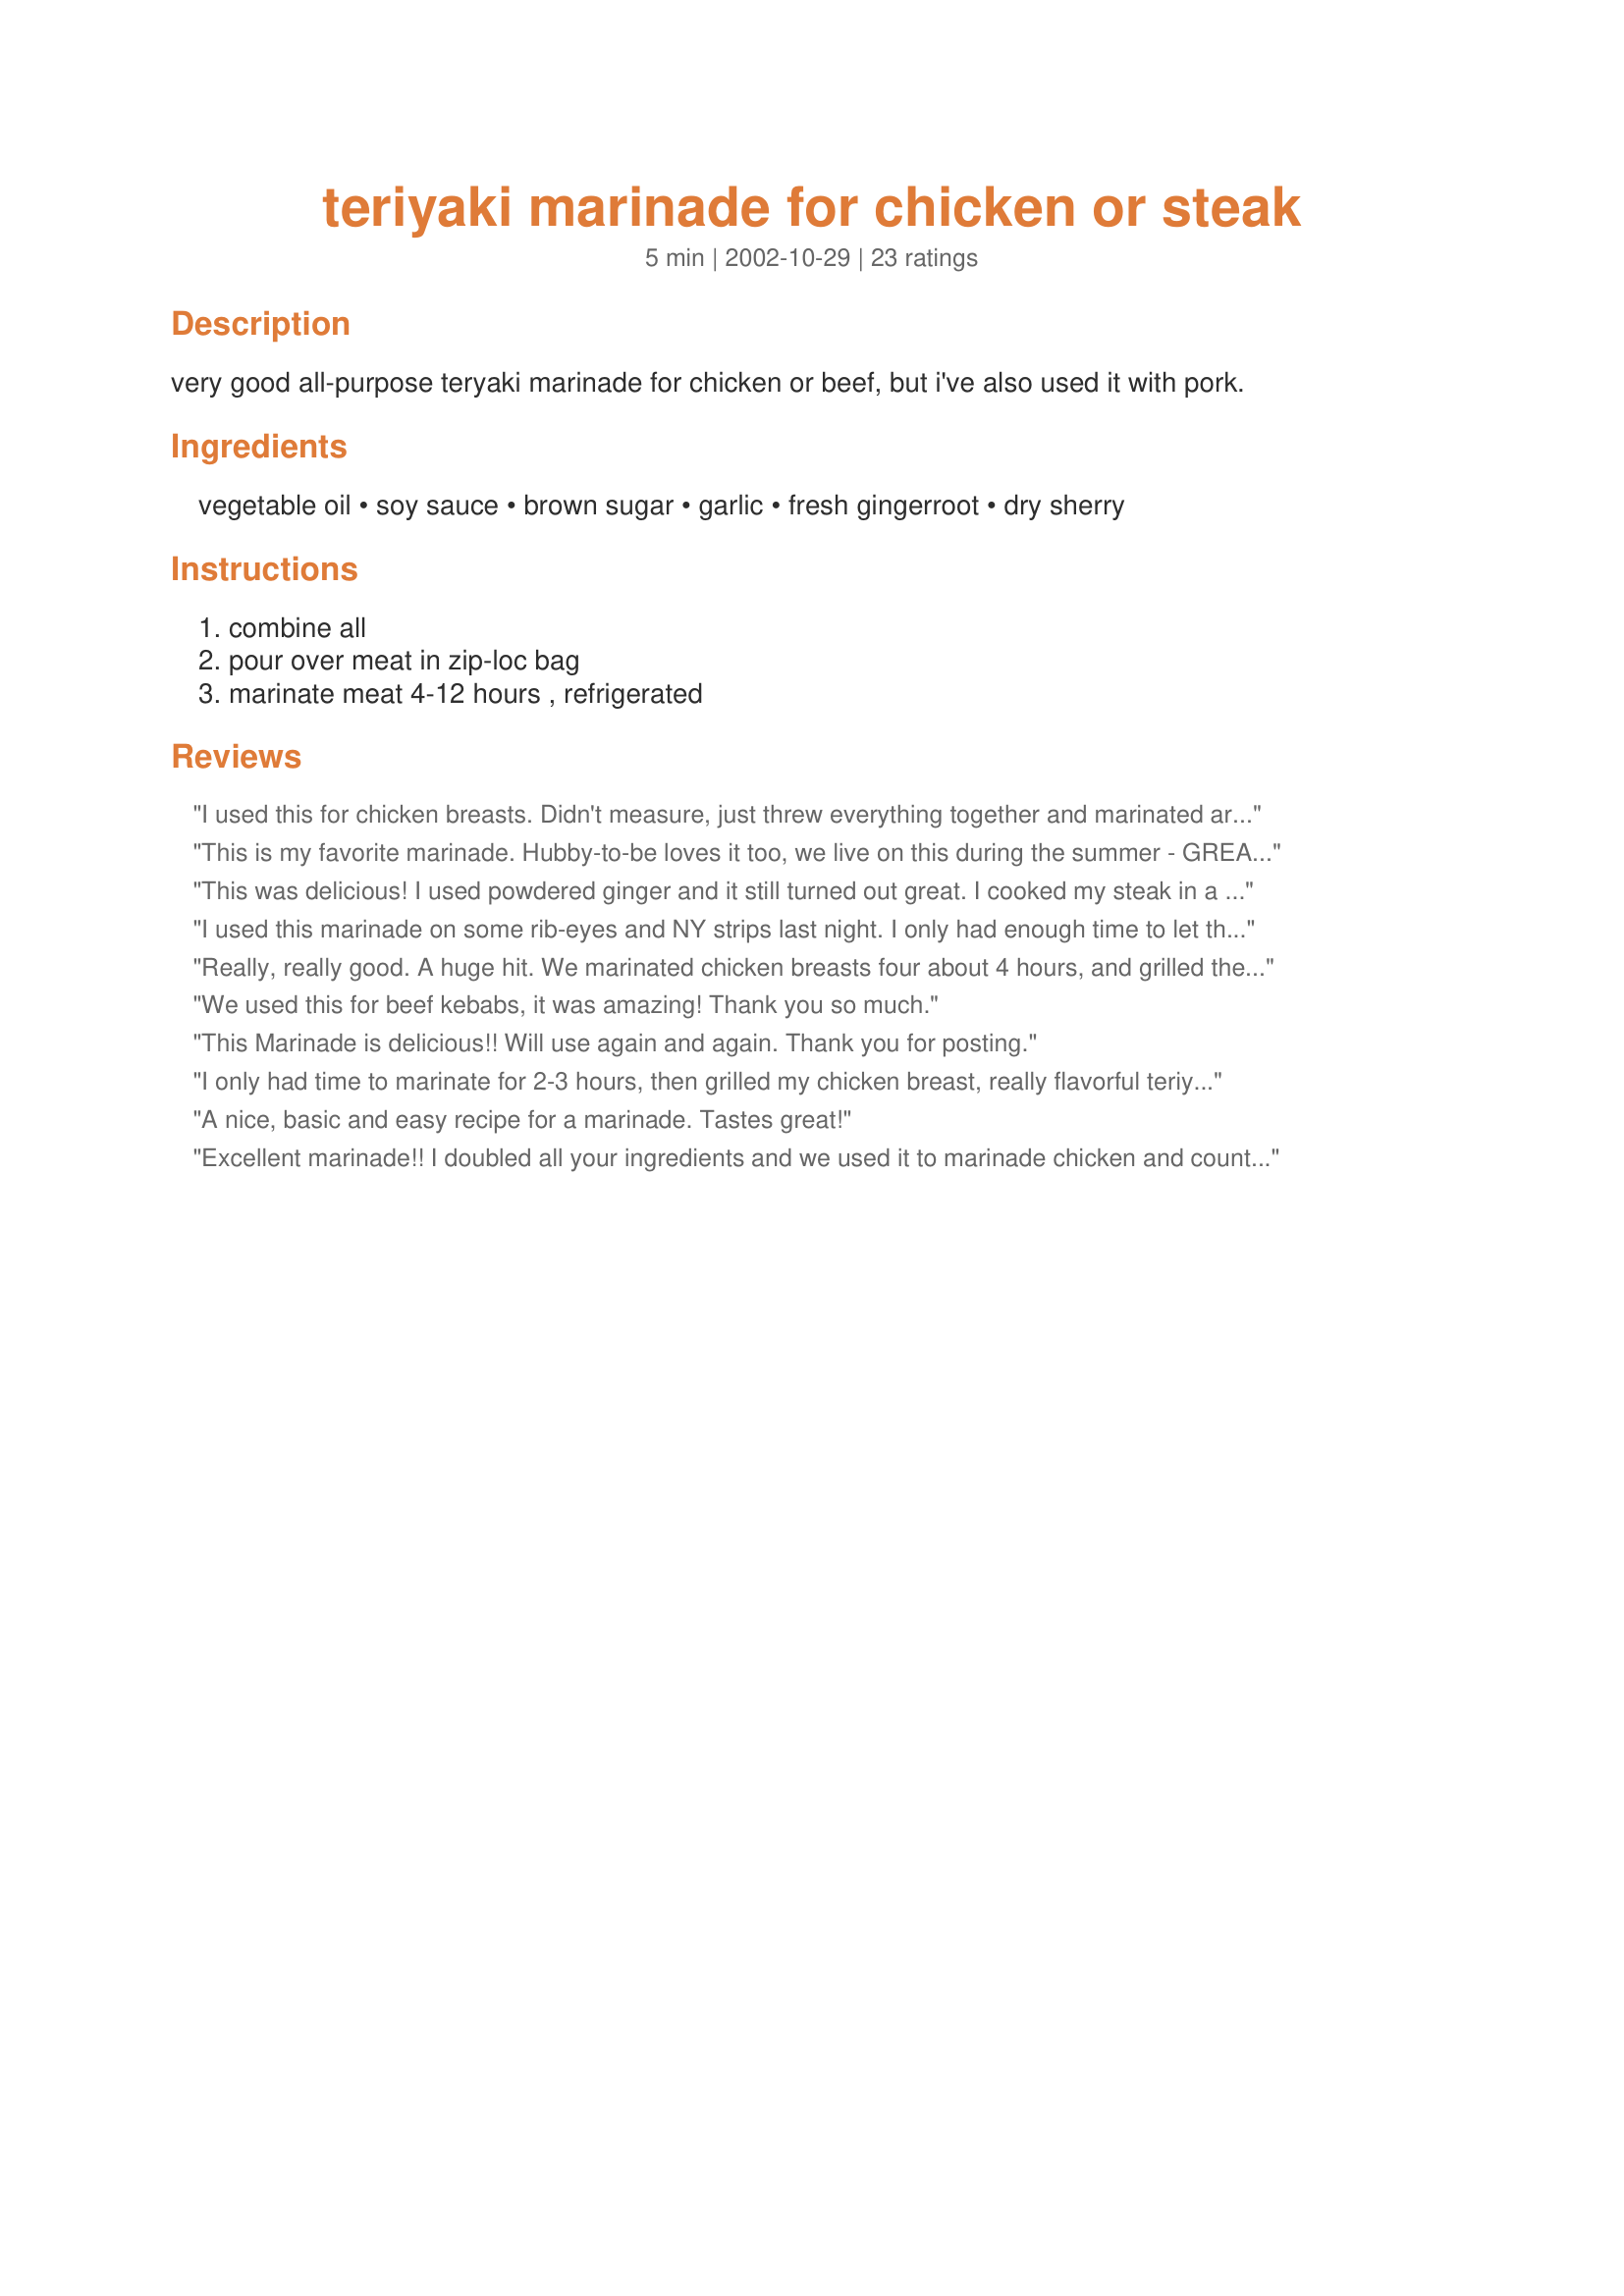
teriyaki marinade for chicken or steak
Preparation time: 5 minutes

very good all-purpose teryaki marinade for chicken or beef, but i've also used it with pork.

Ingredients:
vegetable oil, soy sauce, brown sugar, garlic, fresh gingerroot, dry sherry

Steps:
combine all, pour over meat in zip-loc bag, marinate meat 4-12 hours , refrigerated

Reviews:
I used this for chicken breasts. Didn't measure, just threw everything together and marinated around 2 hours before baking. The chicken was delicious and smelled amazing.
This is my favorite marinade. Hubby-to-be loves it too, we live on this during the summer - GREAT ON THE GRILL
This was delicious! I used powdered ginger and it still turned out great. I cooked my steak in a frying pan (a technique I learned from another recipezaar recipe) and it only took about 4 mins per side for a small NY strip steak cooked medium well. Thanks for the recipe!
I used this marinade on some rib-eyes and NY strips last night. I only had enough time to let them marinate for 2 hours, but the steaks were still full of flavor and delicious. I didn't have any sherry, so I omitted it. I will definitely use this marinade again and again!
Really, really good. A huge hit. We marinated chicken breasts four about 4 hours, and grilled them on the BBQ along with some fresh pineapple slices.
We used this for beef kebabs, it was amazing! Thank you so much.
This Marinade is delicious!! Will use again and again. Thank you for posting.
I only had time to marinate for 2-3 hours, then grilled my chicken breast, really flavorful teriyaki marinade!
A nice, basic and easy recipe for a marinade. Tastes great!
Excellent marinade!! I doubled all your ingredients and we used it to marinade chicken and country style pork ribs which we grilled. Everyone loved this flavor!! We will definitely use this one again and again! Thanks for sharing!
I used this with boneless chicken breast. I just took the chicken off the grill, it was so tender and juicy. This will be the only marinade I use from now on! Thanks
Excellent marinade; used on some boneless pork chops. Just a hint of ginger. PERFECTLY YUM!
Great on salmon also!
This was a very nice marinade sauce however I believe that honey will work alot better than brown sugar. I will try it and let you know.
This made for a great marinade for my chicken, which I stir fryed along with #61712 Shanghai Noodles. I used low sodium soy sauce. I was only able to marinate for 30 minutes but will plan ahead and marinade it longer next time.
Made some up to use on pork chops and what a great blend of flavors. It really made our pork chops tender and juicy too! We think it will be a great one to have on steak too, and I will try that next! Tony
This was a really good marinade. I used in on a pork tenderloin. Can't wait to try it on some chicken! Thanks for sharing!
Was only able to marinate for an hour but was still AWESOME! I used pork tenderloins, and served them along side #61712 Shanghai Noodles. Went very well together and SUPER easy.
This is very tasty. Thanks for sharing this recipe.
Very good marinade! I merinated the sirloin steak for 6 hours and everyone raved about the flavor! It's a keeper!
I have marinated my mixed fresh veggies with this many many times, always to rave reviews. I use low sodium soy and half the oil. Thanks so much for posting.
Really lovely, papergoddess. I normally am not a fan of chicken, but this made our chicken thighs down right tasty! I made up this marinade (halved the oil) and put it in a freezer bag with the thighs and froze it. Defrosted for 24 hours, then baked at 400 degrees for about 45 minutes. The thighs were a lovely caramel color and had just a slightly sweet teriyaki flavor. Yum!
Used this marinade with chicken and beef for Shish Kabobs. Great marinade.
